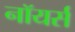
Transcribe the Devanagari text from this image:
नॉयर्स